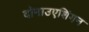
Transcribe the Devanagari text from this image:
दोनाउएशिंगन